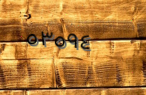
٥٣٥٩٤